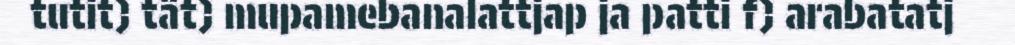
tutit) tät) mupamebanalattjap ja patti f) arabatatj